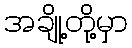
အချို့တို့မှာ